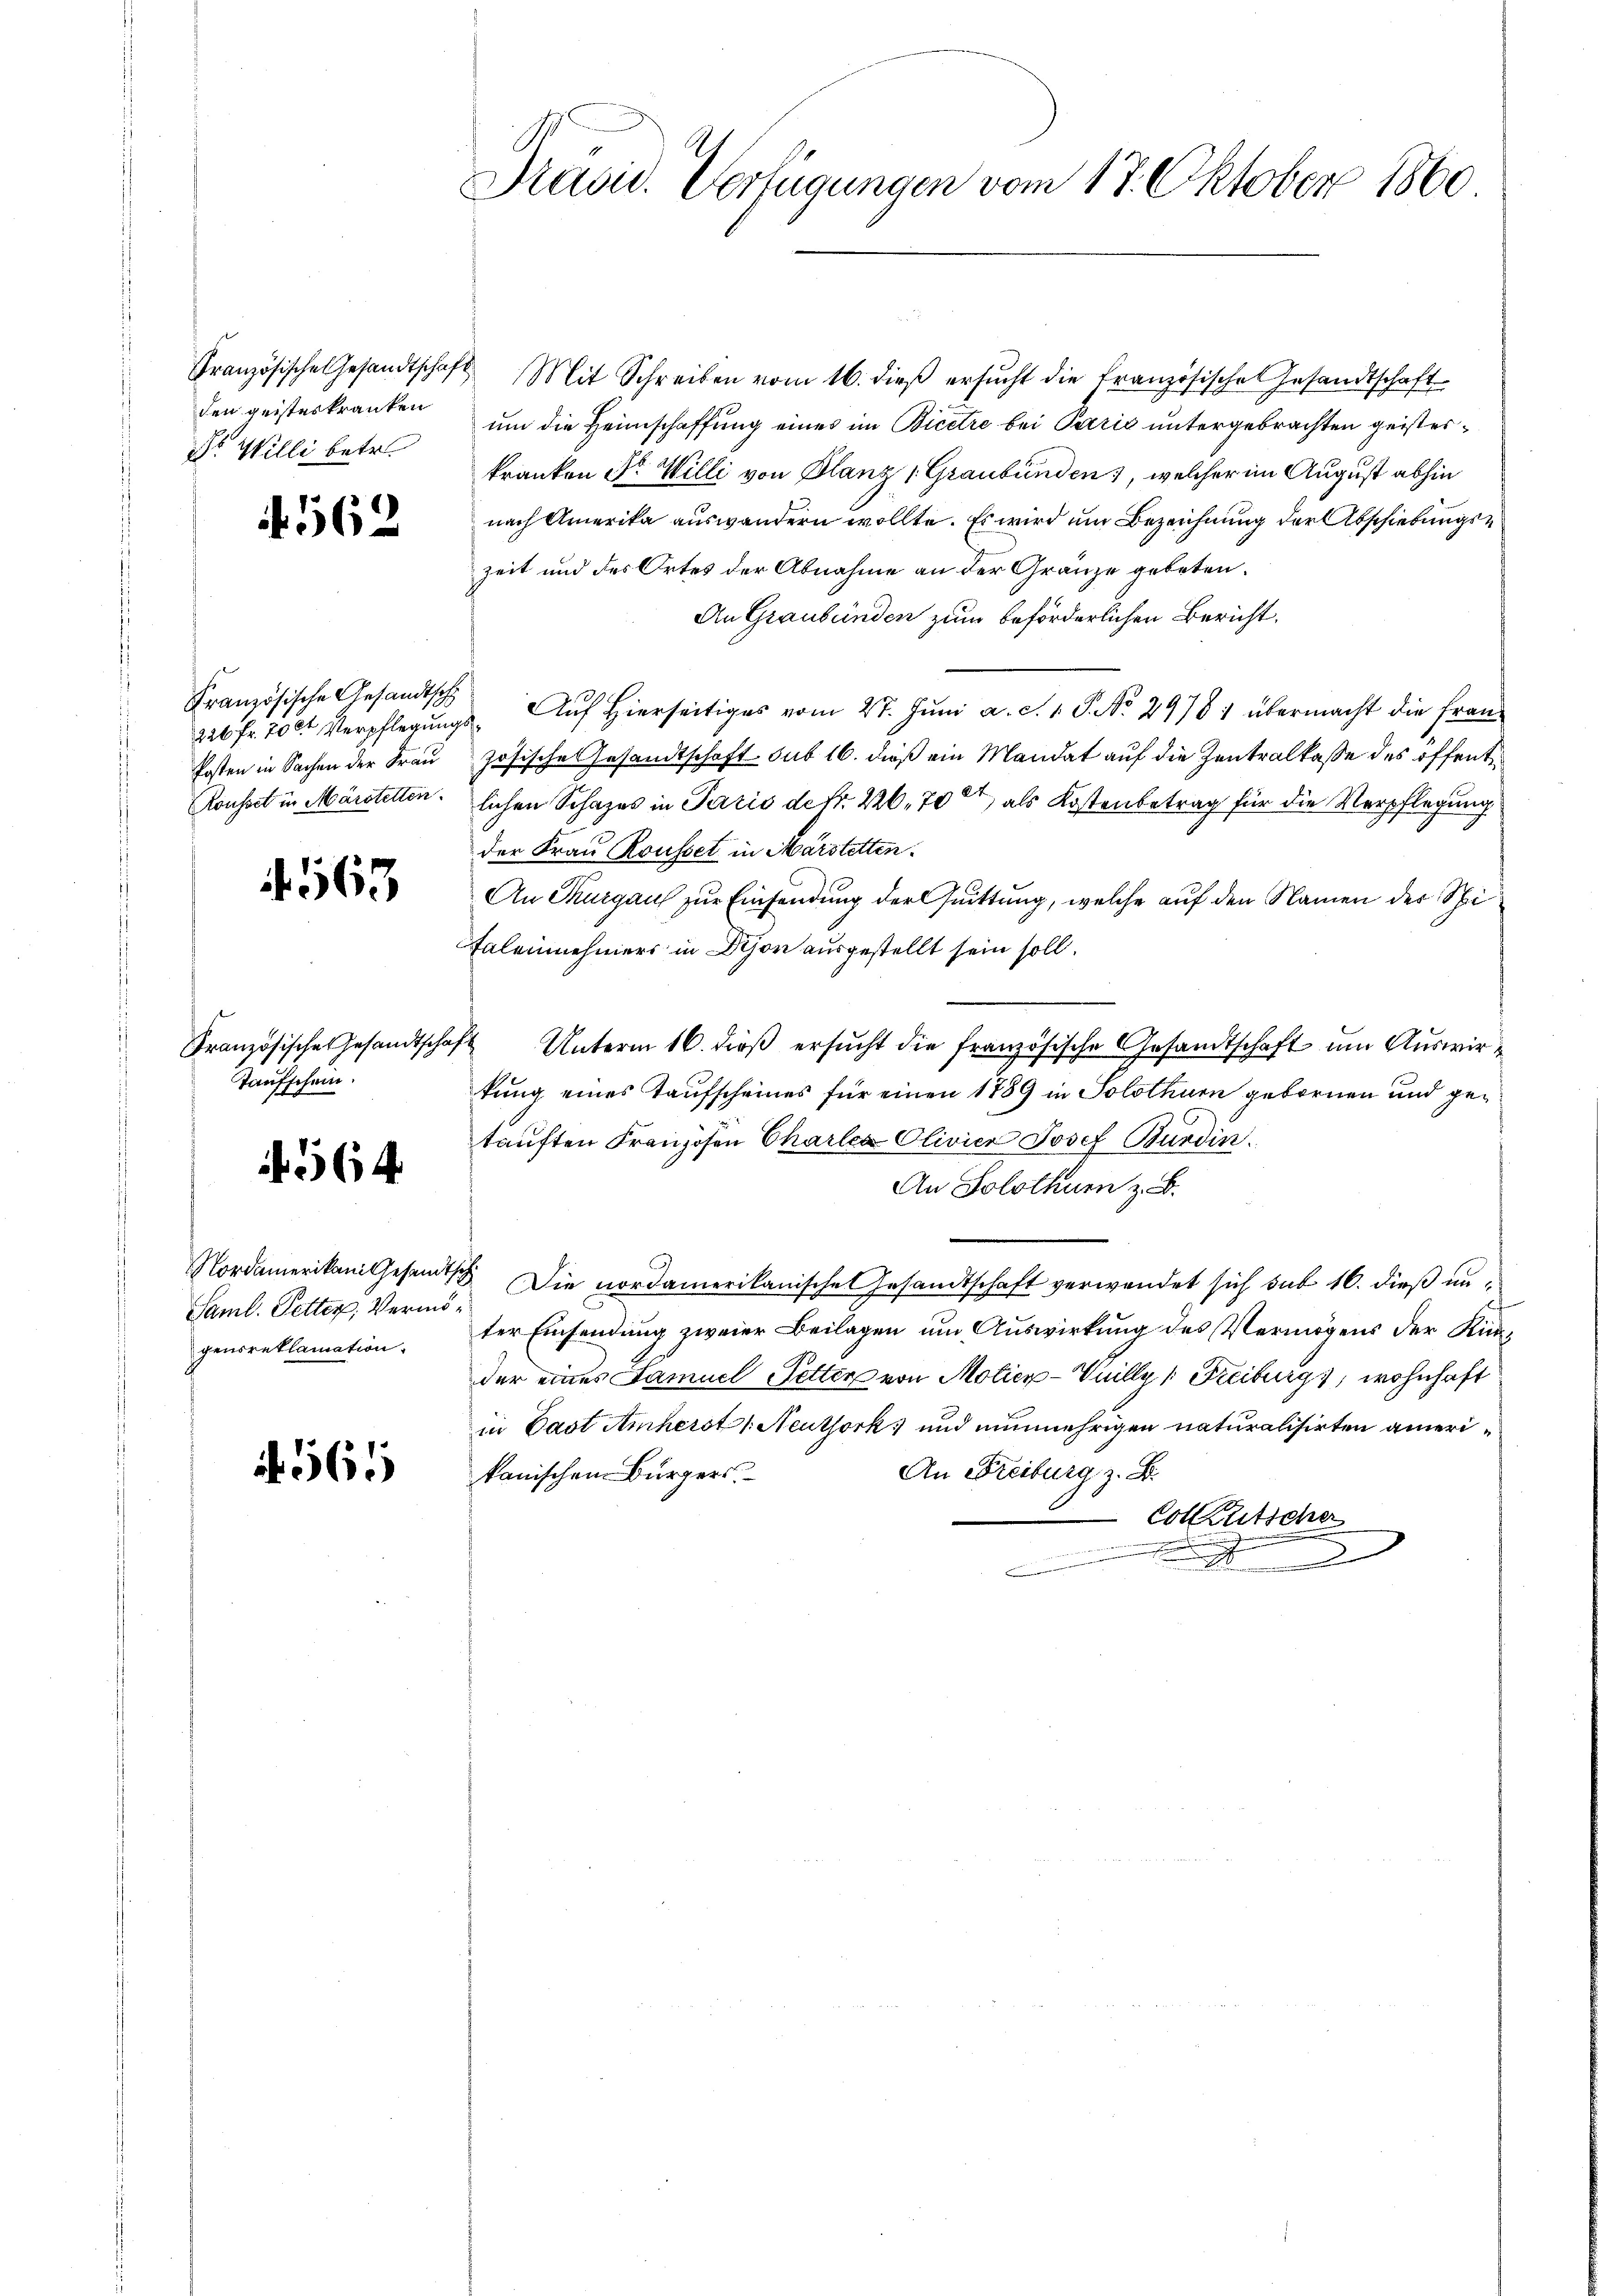
den geisteskranken
r Wille betr.

4562

Französische Gesandtsch

.563

Taufschein.

564

Saml. Petter, Vermögensreklamation.

564

Präsid. Verfügungen vom 17. Oktober 1860

Französische Gesandtschaft Mit Schreiben vom 16. dieβ ersŭcht die französische Gesandtschaft
um die Heimschaffung eines im Bicere bei Paris untergebrachten geisteskranken Fr. Willi von Blanz 1 Graubünden, welcher im August abhin
nach Amerika auswandern wollte. Es wird um Bezeichnung der Abschiebungs¬
Zeit und des Ortes der Abnahme an der Gränze gebeten.
An Graubünden zum beförderlichen Bericht.
226 fr. 700 Verpflegungs- Auf Hierseitiges vom 27. Juni a. S. 1. P. No. 29781 übermacht die Frau¬
Posten in Sachen der Frau zösische Gesandtschaft sub 16. dieß ein Mandat auf die Zentralkasse des öffent¬
Rousset in Märstettenlichen Schazes in Paris de Nr. 226, 700, als Kostenbetrag für die Verpflegung
der Frau Rousset in Märstetten.
An Thurgaus zur Einsendung der Quittung, welche auf den Namen der Spi¬
Saleinehmers in Dion ausgestellt sein soll.
Französische Gesandtschaft Unterm 16. dieβ ersŭcht die französische Gesandtschaft um Auswirkung eines Taufscheines für einen 1889 in Solothurn gebornen und getauften Franzosen Charlea Olivier Josef Burdin
An Solothur z. B.
Nordamerikani Gesandtsch Die nordamerikanische Gesandtschaft verwendet sich sub 16. dieß unter Einsendung zweier Beilagen um Auswirkung des Vermögens der Kirder eines Samuel Petter von Motier-Viilly, Freiburg, wohnhaft
in Cast Amherst Neuthork und nunmehrigen naturalisirten ameri¬
An Freiburg z. B.
kanischen Bürgers.
Colkutsche
.